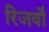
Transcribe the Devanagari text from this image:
रिजर्वो